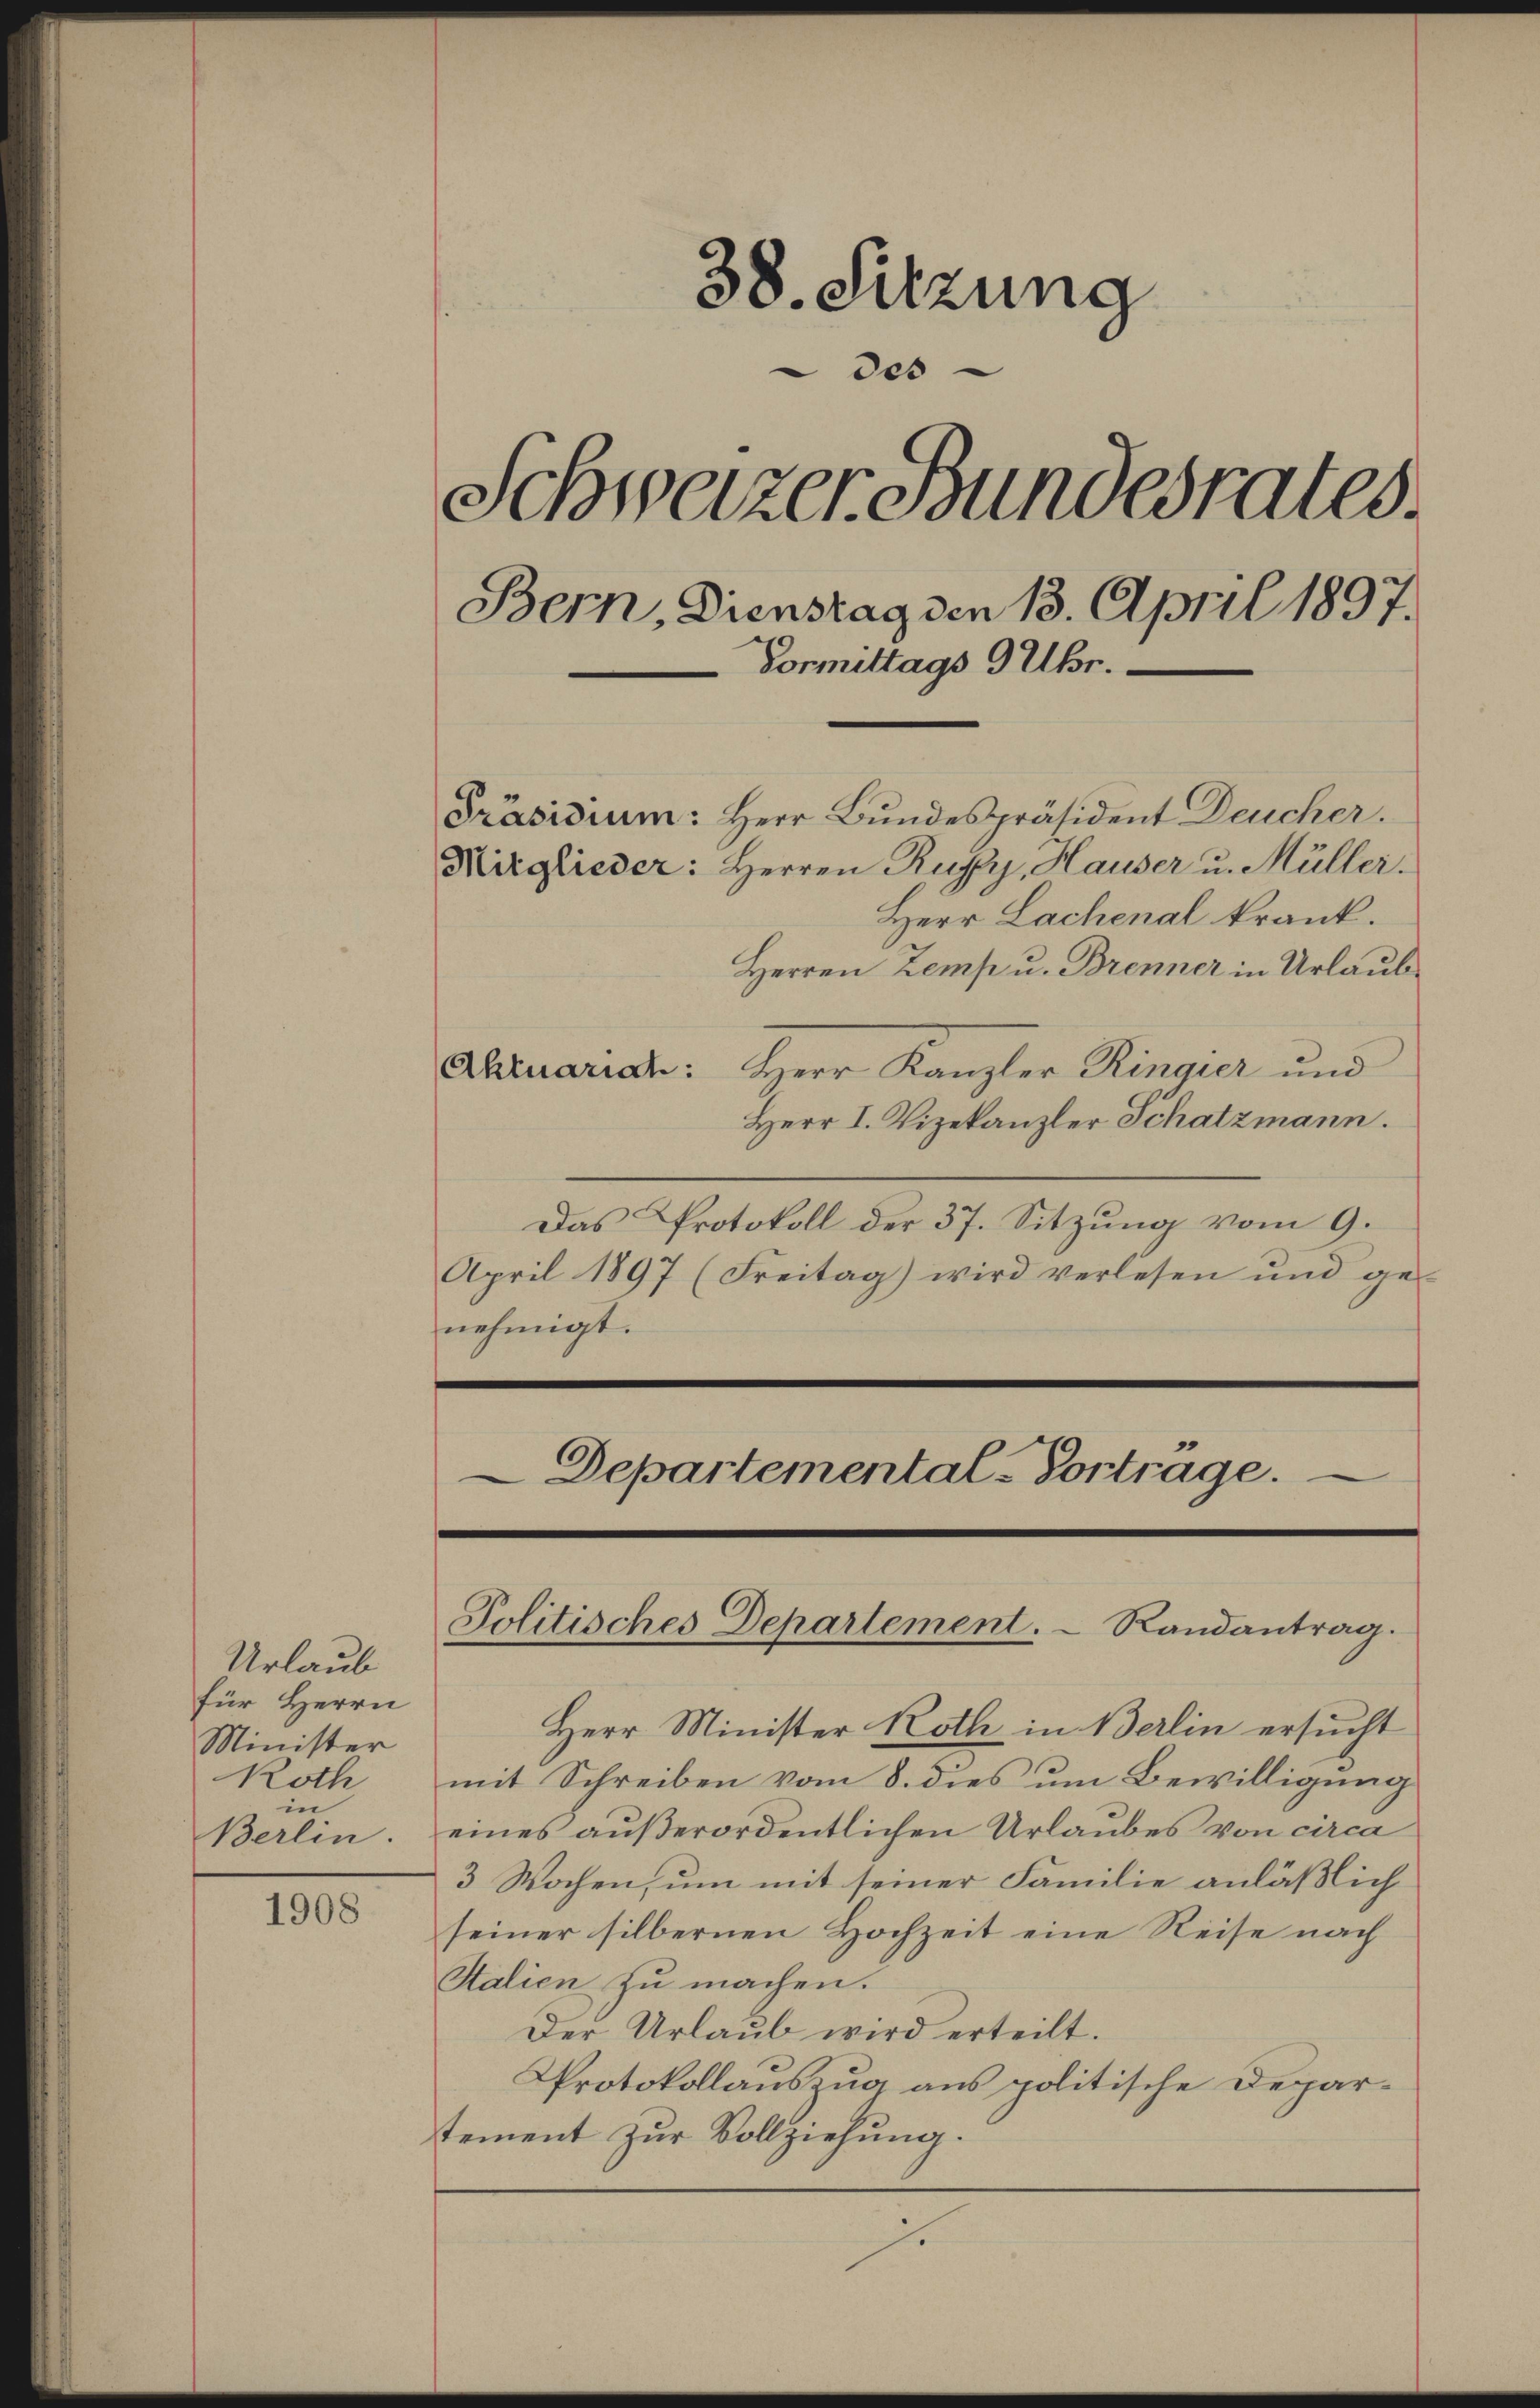
Urlaub
für Herrn
Minister
Roth
in
Berlin.

1908

38. Sitzung
des
Schweizer Bundesrates.
Bern, Dienstag den 13. April 1897.
Vormittags 9 Uhr.
Präsidium: Herr Bundespräsident Deucher.
Mitglieder: Herren Ruffy, Hauser u. Müller.
Herr Lachenal krank.

Herren Zemp u. Brenner in Urlaub¬
Abruarian: Herr Kanzler Ringier und
Herr I. Vizekanzler Schatzmann.
Das Protokoll der 37. Sitzung vom 9.
April 1897 (Freitag) wird verlesen und ge-
nehmigt.
Departemental-Vortrage.

Herr Minister Roth in Berlin ersucht
mit Schreiben vom 8. dies um Bewilligung
eines außerordentlichen Urlaubes von circa
3 Wochen, um mit seiner Familie anläßlich
seiner silbernen Hochzeit eine Reise nach
Stalien zu machen.
Der Urlaub wird erteilt.
Protokollauszug aus politische Deparstement zur Vollziehung.

Politisches Departement. Randantrag.